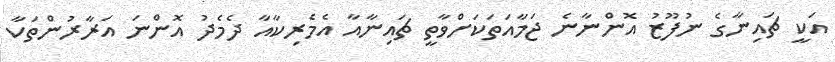
އަކީ ޗައިނާގެ ނުފޫޒު އޮންނާނެ ޖަމާއަތަކަށްވާތީ ޗައިނާއާ އެމެރިކާއާ ދެމެދު އޮންނަ އަރާރުންތަކާ